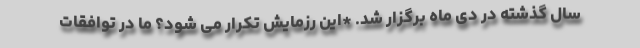
سال گذشته در دی ماه برگزار شد. *این رزمایش تکرار می شود؟ ما در توافقات